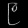
Digit: ၉